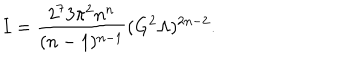
LaTeX: I = \frac { 2 ^ { 7 } 3 \pi ^ { 2 } n ^ { n } } { ( n - 1 ) ^ { n - 1 } } ( G ^ { 2 } \Lambda ) ^ { 2 n - 2 } .